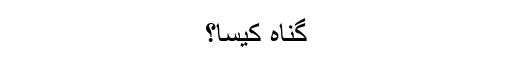
گناہ کیسا؟